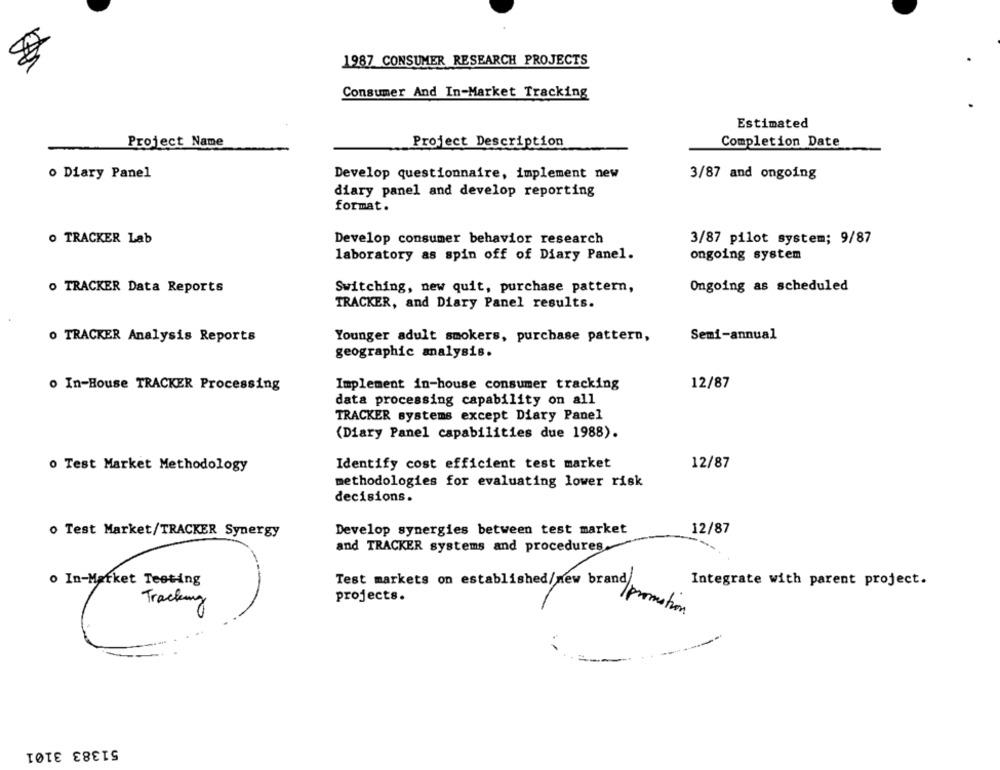
1987 CONSUMER RESEARCH PROJECTS
Consumer And In-Market Tracking
Estimated
Project Name
Project Description
Completion Date
o Diary Panel
Develop questionnaire, implement new
3/87 and ongoing
diary panel and develop reporting
format.
O TRACKER Lab
3/87 pilot system; 9/87
Develop consumer behavior research
laboratory as spin off of Diary Panel.
ongoing system
O TRACKER Data Reports
Switching, new quit, purchase pattern,
Ongoing as scheduled
TRACKER, and Diary Panel results.
O TRACKER Analysis Reports
Younger adult smokers, purchase pattern,
Semi-annual
geographic analysis.
Implement in-house consumer tracking
12/87
o In-House TRACKER Processing
data processing capability on all
TRACKER systems except Diary Panel
(Diary Panel capabilities due 1988).
o Test Market Methodology
Identify cost efficient test market
12/87
methodologies for evaluating lower risk
decisions.
Develop synergies between test market
12/87
o Test Market/TRACKER Synergy
and TRACKER systems and procedures
Test markets on established/new brand/
Integrate with parent project.
projects.
Tracking
/promotion
51383 3101